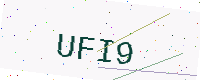
Text: UFI9